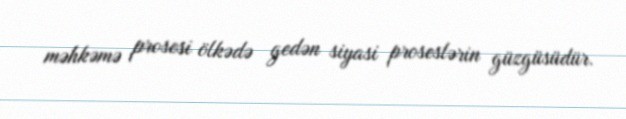
məhkəmə prosesi ölkədə gedən siyasi proseslərin güzgüsüdür.